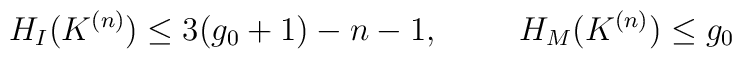
H_I(K^{(n)})\leq 3(g_0+1)-n-1, \hspace{1.0cm} H_M(K^{(n)})\leq g_0